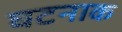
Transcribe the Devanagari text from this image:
घटनाक